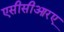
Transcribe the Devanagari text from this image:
एसीसीआरए